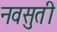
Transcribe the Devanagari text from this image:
नवसुती